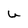
Character: U